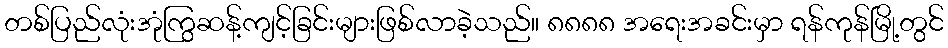
တစ်ပြည်လုံးအုံကြွဆန့်ကျင့်ခြင်းများဖြစ်လာခဲ့သည်။ ၈၈၈၈ အရေးအခင်းမှာ ရန်ကုန်မြို့တွင်